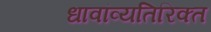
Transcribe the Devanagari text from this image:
धावांव्यतिरिक्त